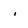
Character: i